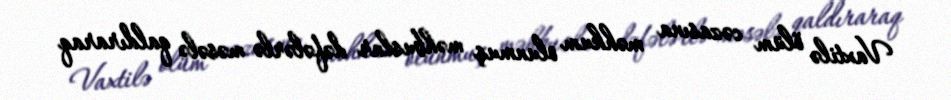
Vaxtilə ölüm cəzasına məhkum olunmuş məhbuslar dəfələrlə məsələ qaldıraraq